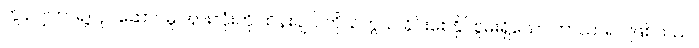
ကွန်ပျူတာရဲ့လုပ်ဆောင်မှု အားလုံးကို ထိန်းချုပ် ကိုယ်တွယ် ခိုင်းစေနိုင်စွမ်းရှိသော ဘာသာရပ် ဖြစ်သည်။